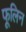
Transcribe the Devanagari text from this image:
फूलिन